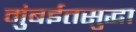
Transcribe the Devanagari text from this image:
मुंबईतसुद्धा